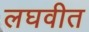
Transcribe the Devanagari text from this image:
लघवीत